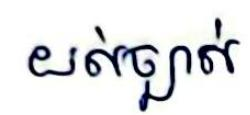
យល់ច្បាស់